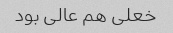
خعلی هم عالی بود